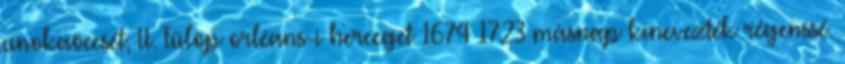
unokaöccsét, II. Fülöp orléans-i herceget 1674–1723 másnap kinevezték régenssé.